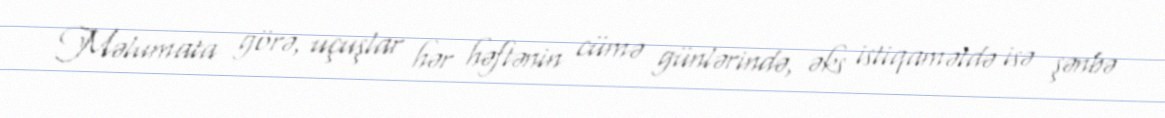
Məlumata görə, uçuşlar hər həftənin cümə günlərində, əks istiqamətdə isə şənbə